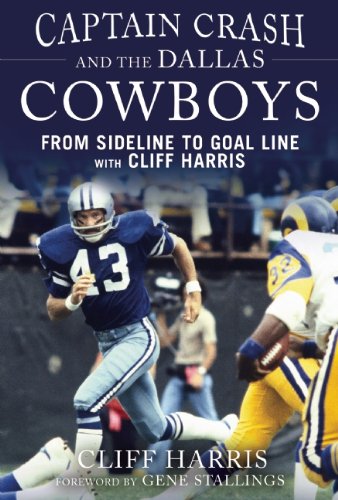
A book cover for Captain Crash and the Dallas Cowboys: From Sideline to Goal Line with Cliff Harris; Cliff Harris; Sports & Outdoors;